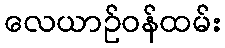
လေယာဉ်ဝန်ထမ်း